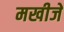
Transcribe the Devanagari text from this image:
मखीजे